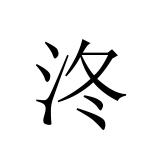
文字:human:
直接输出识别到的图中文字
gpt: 泈